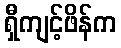
ရှီကျင့်ဖိန်က